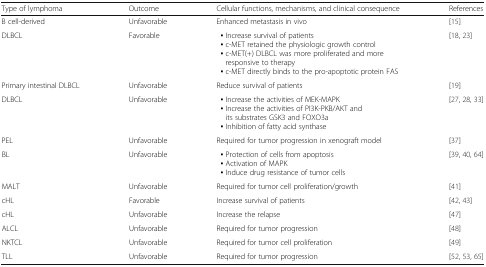
<table><thead><tr><td><b>Type of lymphoma</b></td><td><b>Outcome</b></td><td><b>Cellular functions, mechanisms, and clinical consequence</b></td><td><b>References</b></td></tr></thead><tbody><tr><td>B cell-derived</td><td>Unfavorable</td><td>Enhanced metastasis in vivo</td><td>[15]</td></tr><tr><td>DLBCL</td><td>Favorable</td><td> ▪ Increase survival of patients ▪ c-MET retained the physiologic growth control ▪ c-MET(+) DLBCL was more proliferated and more responsive to therapy ▪ c-MET directly binds to the pro-apoptotic protein FAS</td><td>[18, 23]</td></tr><tr><td>Primary intestinal DLBCL</td><td>Unfavorable</td><td>Reduce survival of patients</td><td>[19]</td></tr><tr><td>DLBCL</td><td>Unfavorable</td><td> ▪ Increase the activities of MEK-MAPK ▪ Increase the activities of PI3K-PKB/AKT and its substrates GSK3 and FOXO3a ▪ Inhibition of fatty acid synthase</td><td>[27, 28, 33]</td></tr><tr><td>PEL</td><td>Unfavorable</td><td>Required for tumor progression in xenograft model</td><td>[37]</td></tr><tr><td>BL</td><td>Unfavorable</td><td> ▪ Protection of cells from apoptosis ▪ Activation of MAPK ▪ Induce drug resistance of tumor cells</td><td>[39, 40, 64]</td></tr><tr><td>MALT</td><td>Unfavorable</td><td>Required for tumor cell proliferation/growth</td><td>[41]</td></tr><tr><td>cHL</td><td>Favorable</td><td>Increase survival of patients</td><td>[42, 43]</td></tr><tr><td>cHL</td><td>Unfavorable</td><td>Increase the relapse</td><td>[47]</td></tr><tr><td>ALCL</td><td>Unfavorable</td><td>Required for tumor progression</td><td>[48]</td></tr><tr><td>NKTCL</td><td>Unfavorable</td><td>Required for tumor cell proliferation</td><td>[49]</td></tr><tr><td>TLL</td><td>Unfavorable</td><td>Required for tumor progression</td><td>[52, 53, 65]</td></tr></tbody></table>